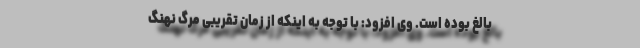
بالغ بوده است. وی افزود: با توجه به اینکه از زمان تقریبی مرگ نهنگ